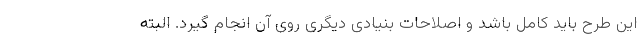
این طرح باید کامل باشد و اصلاحات بنیادی دیگری روی آن انجام گیرد. البته